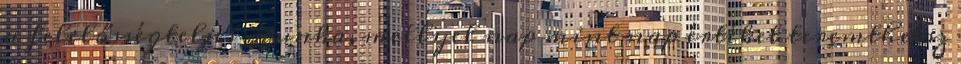
a felelősségteljes munka, mellyel nap mint nap értéket teremthetsz